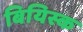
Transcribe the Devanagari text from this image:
बियिस्क